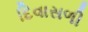
દિવાસળી